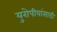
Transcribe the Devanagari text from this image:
युरोपीयांसाठी